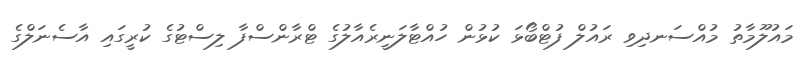
މައުލޫމާތު މުއްސަނދިވި ރައުލް ފުޓްބޯޅަ ކުޅުން ހުއްޓާލަނީރެއާލުގެ ޓްރާންސްފާ ލިސްޓުގެ ކުރީގައި އާސެނަލްގެ